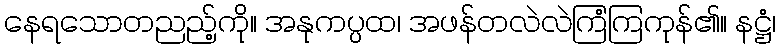
နေရသောတညည့်ကို။ အနုကပ္ပထ၊ အဖန်တလဲလဲကြံကြကုန်၏။ နဋ္ဌံ၊